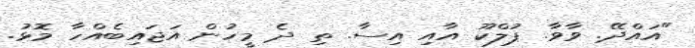
"އައްދޭ. ވާވާ. ޕުލްކޫ އާއި އިސާ. ތި ދެ މީހުން އަޖައިބެއްހާ މޮޅު.